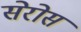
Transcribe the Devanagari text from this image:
सेरोस